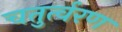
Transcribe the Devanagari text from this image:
चतुर्त्वरण